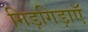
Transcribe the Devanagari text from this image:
गिड़गिड़ाएॅ